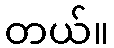
တယ်။